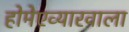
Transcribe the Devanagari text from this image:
होमेएव्‍यारवाला